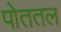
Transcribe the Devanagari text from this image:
पोततल